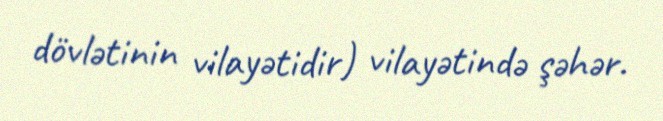
dövlətinin vilayətidir) vilayətində şəhər.